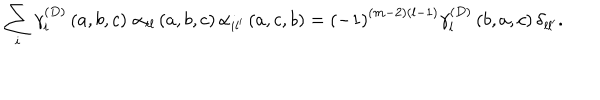
\sum _ { i } \gamma _ { i } ^ { \left( D \right) } \left( a , b , c \right) \, \alpha _ { i l } \left( a , b , c \right) \alpha _ { i l ^ { \prime } } \left( a , c , b \right) = \left( - 1 \right) ^ { \left( m - 2 \right) \left( l - 1 \right) } \gamma _ { l } ^ { \left( D \right) } \left( b , a , c \right) \delta _ { l l ^ { \prime } } .